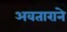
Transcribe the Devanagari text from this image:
अवताराने